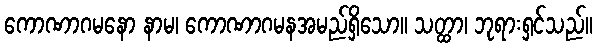
ကောဏာဂမနော နာမ၊ ကောဏာဂမနအမည်ရှိသော။ သတ္ထာ၊ ဘုရားရှင်သည်။